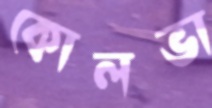
কোলভা